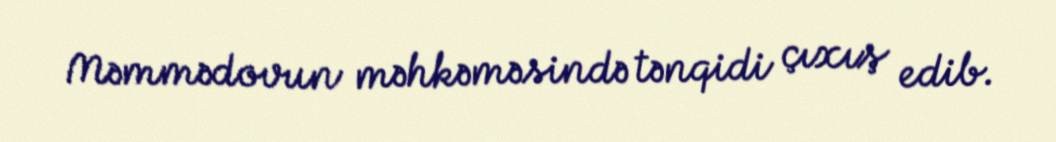
Məmmədovun məhkəməsində tənqidi çıxış edib.